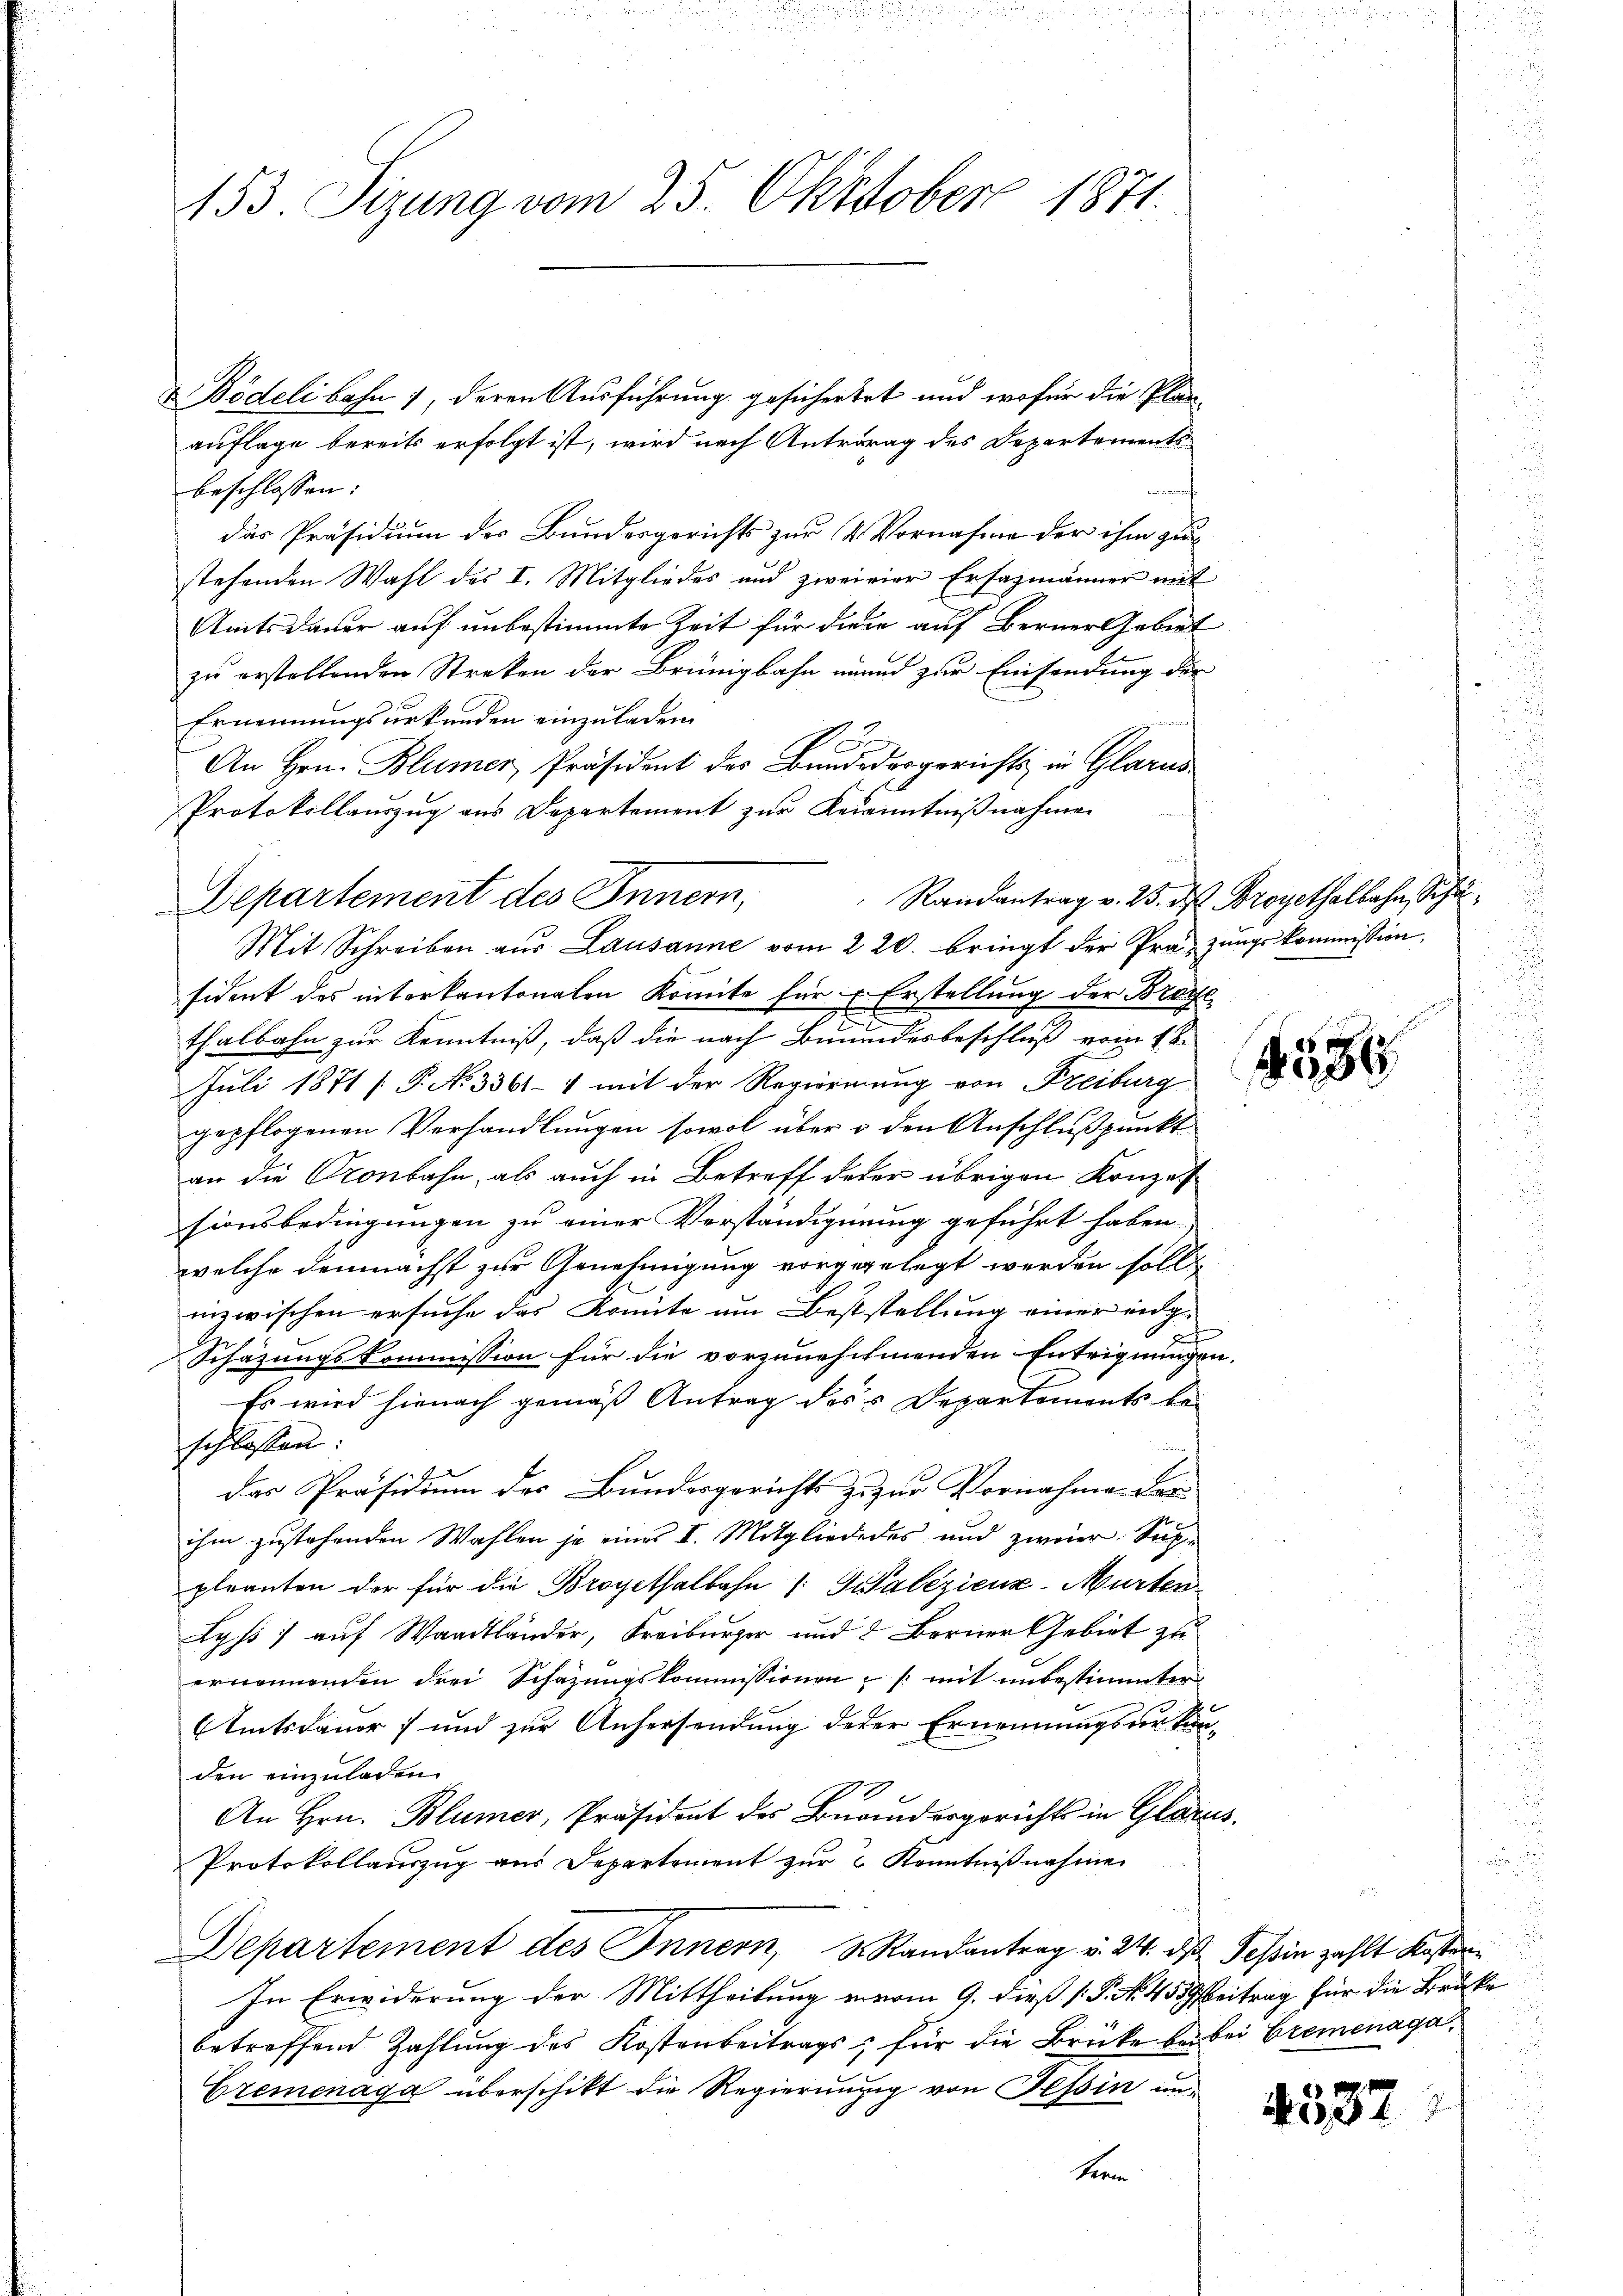
453. Sizung vom 25. Okttober 1871.

& Bödelibahn 1, deren Ausführung gesichertet und wofür die Plan-
auflage bereits erfolgt ist, wird nach Antrag des Departements
beschlossen:
das Präsidium der Bundesgerichts zur (2 Vornahme der ihm zur
stehenden Wahl des I. Mitgliedes und zweivier Ersazmänner mit
Amtsdauer auf unbestimmte Zeit für diese auf Berner Gebiet
zu erstellenden Streken der Brünigbahn und zur Einsendung der
Ernennungsurkunden einzuladen.
An Hrn. Blümer, Präsident des Bundodosgerichts in Glarus
Protokollauszug aus Departement zur Kenntnißnahmen
Departement des Innern,
sident des interkantonalen Komite für Erstellung der Brache
thalbahn zur Kenntniß, daß die nach Bundesbeschluß vom 18.
Juli 1871 [ P. No 3361-4 mit der Regierung von Freiburg
gepflogenen Verhandlungen sowol über o den Anschlußpunkt
an die Kronbahn, als auch in Betreff derer übrigen Konzes
sionsbedingungen zu einer Verständigung geführt haben.
welche demnächst zur Genehmigung vorgegelegt werden soll,
inzwischen ersuche das Komite um Beststellung einer in ge
u
Schazungskommission für die vorzunehehmenden Enteignungen.
Es wird hienach gemäß Antrag des Departements beschlossen:
der Präsidium des Bundesgericht zu zur Vornahme der
ihm zustehenden Wahlen je eines II. Mitgliededes und zweier Suppleanten der für die Broyethalbahn /: Schalezienz-Murten
Lyp) auf Waadtländer, Freiburger und 2 Berner Gebiet zu
ernennenden drei Schazungskommissionen (mit unbestimmter
(Amtsdauer und zur Anhersendung derer Ernennungsurkunden einzuladen.
An Hrn. Blümer, Präsident des Bundesgerichts in Glarus.
Protokollaŭszŭg aŭs Departement zŭr Kenntniβnahme
Departement des Innern, 3 Randantrag v. 24. dβ Teßin zahlt Kosten
In Erwiderung der Mittheilung vom 9. dieß P. No. 455 beitrag für die Brüke
betreffend Zahlung des Kostenbeitrags, für die Brücke bei bei Bremenaga¬
Eremenaga überschikt die Regierung von Tessin un¬
Herm

Mit Schreiben aus Lausanne vom 220. bringt der Präzungskommission,

Randantrag v. 25. ds Broyethalbahn, Schä¬

4556

4537